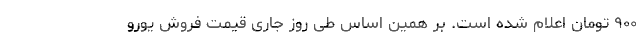
۹۰۰ تومان اعلام شده است. بر همین‌ اساس طی روز جاری قیمت فروش یورو